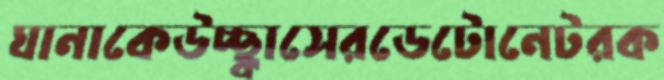
ঘানাকেউচ্ছ্বাসেরডেটোনেটরক